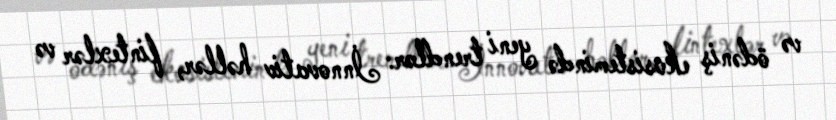
və ödəniş ekosistemində yeni trendlər: İnnovativ həllər, fintexlər və